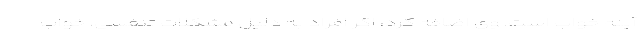
آپنه خواب است. وی اضافه کرد، اگر افراد به دلیل مشکلات تنفسی، خواب